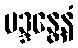
မဒ္ဒန္တေနံ